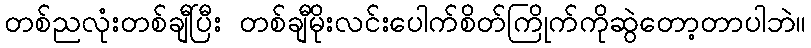
တစ်ညလုံးတစ်ချီပြီး တစ်ချီမိုးလင်းပေါက်စိတ်ကြိုက်ကိုဆွဲတော့တာပါဘဲ။